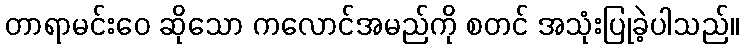
တာရာမင်းဝေ ဆိုသော ကလောင်အမည်ကို စတင် အသုံးပြုခဲ့ပါသည်။